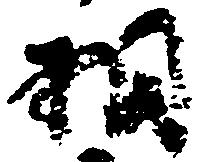
相